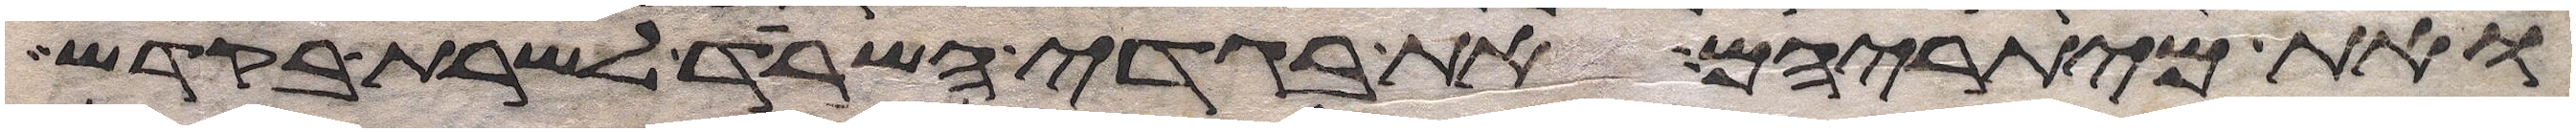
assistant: ואת מיתריהם את בגדי השרד לשרת בקדש